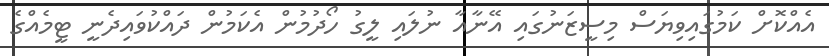
އެއްކޮށް ކަމުގައިވިޔަސް މިސީޒަނުގައި އޭނާއާ ނުލައި ލީގު ހޯދުމުން އެކަމުން ދައްކުވައިދެނީ ޓީމެއްގެ